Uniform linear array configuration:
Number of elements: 12
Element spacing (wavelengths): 1
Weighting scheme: hann
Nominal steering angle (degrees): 15
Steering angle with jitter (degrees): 16.723
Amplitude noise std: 0.05
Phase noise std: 0.05

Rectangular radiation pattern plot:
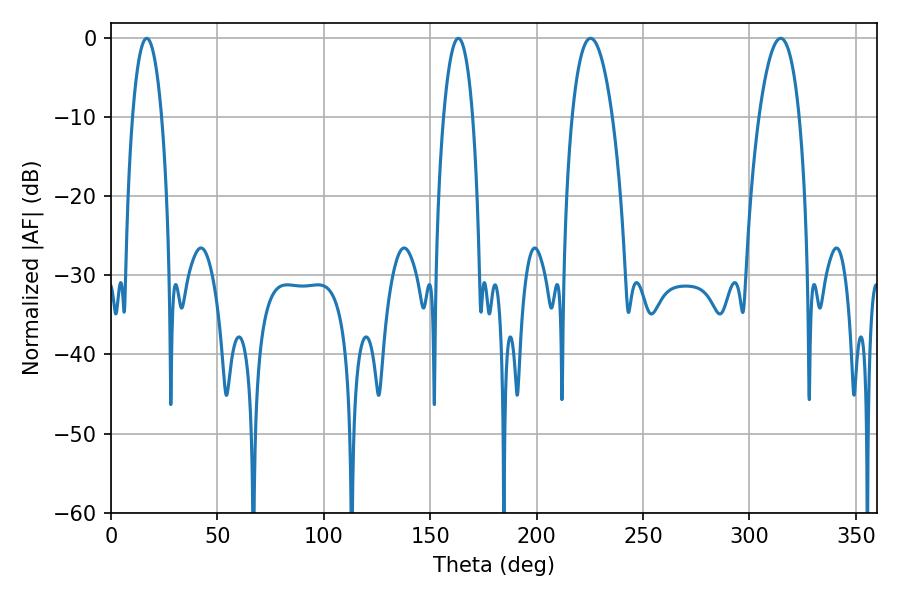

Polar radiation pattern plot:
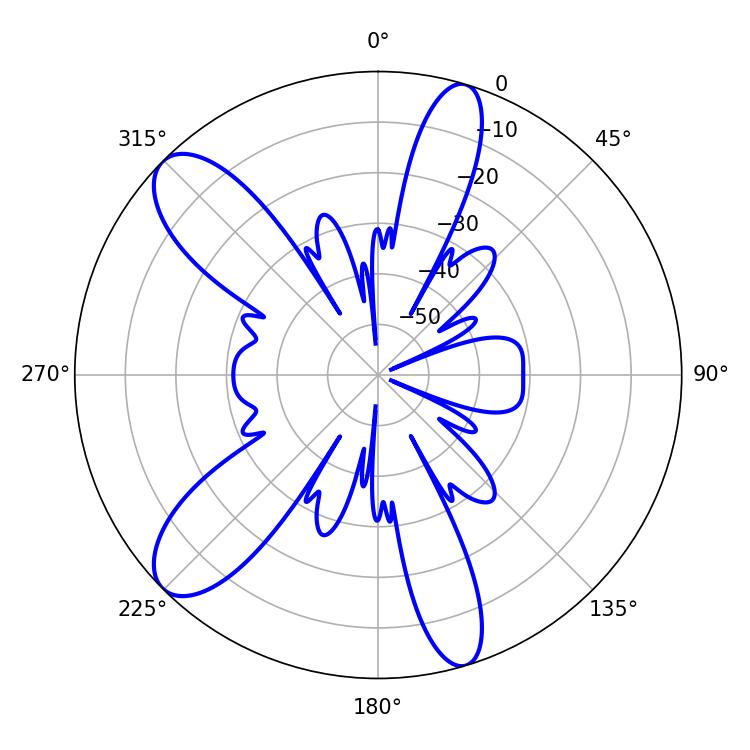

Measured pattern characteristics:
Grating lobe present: TRUE
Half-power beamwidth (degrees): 10.62
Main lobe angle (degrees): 225.36